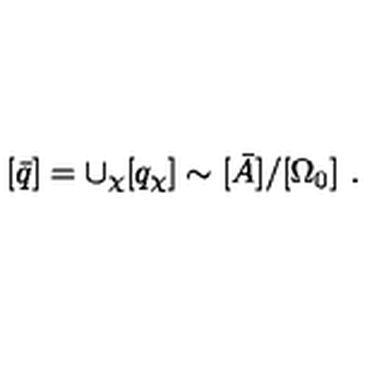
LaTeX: [ \bar { q } ] = \cup _ { \chi } [ q _ { \chi } ] \sim [ \bar { A } ] / [ \Omega _ { 0 } ] \ .